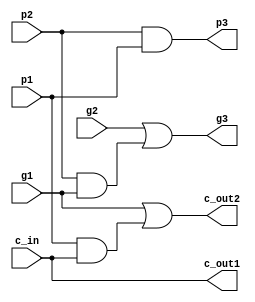
module b_block(c_out2, c_out1, g3, p3, g2, p2, g1, p1, c_in);

   output c_out1, c_out2, g3, p3;
   input  g2, p2, g1, p1, c_in;

   wire   w1, w2;

   and (p3, p2, p1);
  
   and (w1, p2, g1);
   or (g3, g2, w1);
   
   assign c_out1 = c_in;
   
   and(w2, p1, c_in);
   or (c_out2, g1, w2);

endmodule